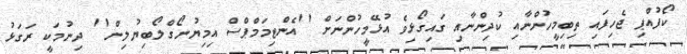
ކޯފުއްޕި ޖެހިފައި ތިބިމީހުންނާއި ކުދިންނާއި ގައިގޯޅިވެ އުޅޭމީހުންނަށް ''އެންޓިމަމްޕްސް އިމިޔުނޯގްލޯބިޔުލިން'' ދިނުމަކީ ރަގަޅު